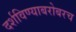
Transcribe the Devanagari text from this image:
दर्शविण्याबरोबरच